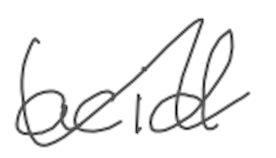
Text: acid
Cross-out: wave
Writing tool: digital_gray